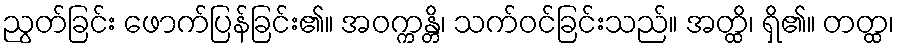
ညွတ်ခြင်း ဖောက်ပြန်ခြင်း၏။ အဝက္ကန္တိ၊ သက်ဝင်ခြင်းသည်။ အတ္ထိ၊ ရှိ၏။ တတ္ထ၊